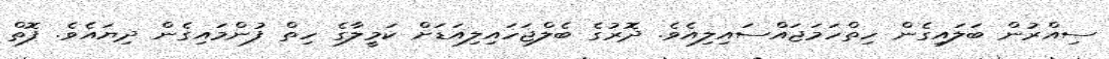
ސިއްރުން ބަލައިގެން ހިތްހަމަޖައްސައިލިއެވެ. ދޮރުގެ ބެލްޖަހައިލިއަޑަށް ކަމީލާގެ ހިތް ފުންމައިގެން ދިޔައެވެ. ފޮތް